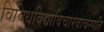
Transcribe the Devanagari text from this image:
विविधविद्याविचारवाचस्पति